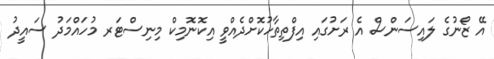
އޭ ޒޯނުގެ ލައިސަންސް އެ ރަށުގައި އިފްތިތާހުކޮށްދެއްވީ އިކޮނޮމިކް މިނިސްޓަރ މުހައްމަދު ސައީދު